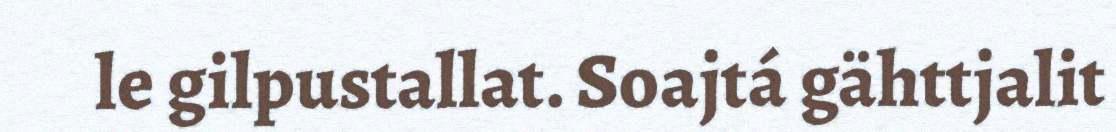
le gilpustallat. Soajtá gähttjalit